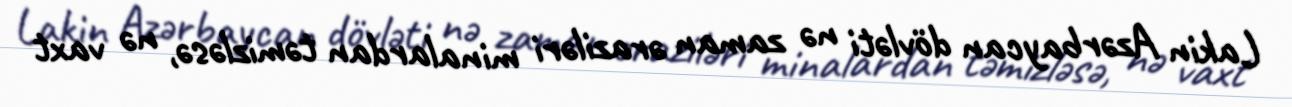
Lakin Azərbaycan dövləti nə zaman əraziləri minalardan təmizləsə, nə vaxt